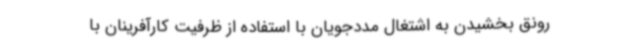
رونق بخشیدن به اشتغال مددجویان با استفاده از ظرفیت کارآفرینان با